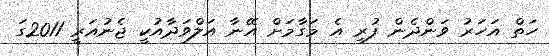
ހަތް އަހަރު ވަންދެން ފުރި އެ މަގާމަށް އޭނާ އަލްވަދާއުކީ ޖެނުއަރީ 2011ގަ